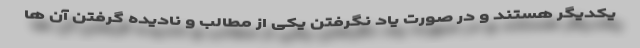
یکدیگر هستند و در صورت یاد نگرفتن یکی از مطالب و نادیده گرفتن آن ها